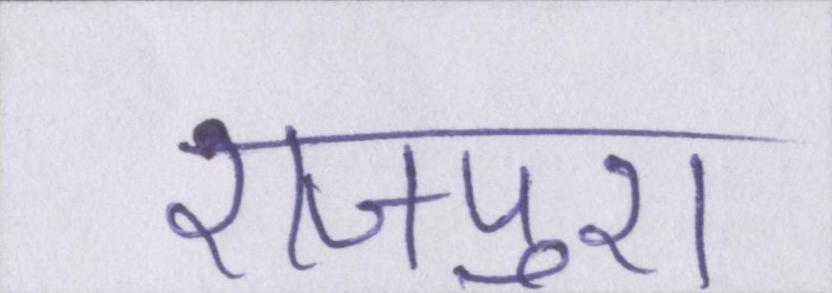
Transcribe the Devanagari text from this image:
राजपुरा